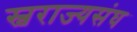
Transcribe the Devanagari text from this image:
स्वराज्यसंघ